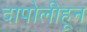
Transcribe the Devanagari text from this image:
दापोलीहून